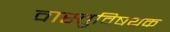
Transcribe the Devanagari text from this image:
वास्तुविषयक